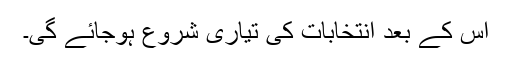
اس کے بعد انتخابات کی تیاری شروع ہوجائے گی۔